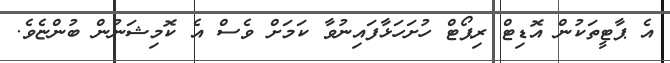
އެ ޕާޓީތަކުން އޮޑިޓް ރިޕޯޓް ހުށަހަޅާފައިނުވާ ކަމަށް ވެސް އެ ކޮމިޝަނުން ބުންޏެވެ.